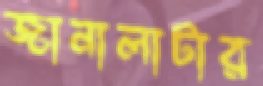
জানালাটার